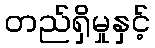
တည်ရှိမှုနှင့်